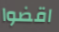
اقضوا